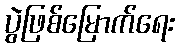
ပွဲဖြစ်မြောက်ရေး